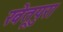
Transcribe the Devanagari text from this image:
खेतूपुरा